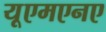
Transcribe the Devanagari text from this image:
यूएमएनए